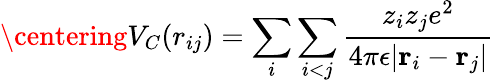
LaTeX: \centering V_{C}(r_{ij})=\sum_{i}\sum_{i<j}\frac{z_{i}z_{j}e^{2}}{4\pi\epsilon|\textbf{r}_{i}-\textbf{r}_{j}|}